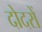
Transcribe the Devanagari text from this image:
दोदरों